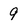
Character: 9